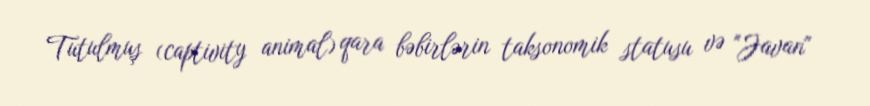
Tutulmuş (captivity animal) qara bəbirlərin taksonomik statusu və "Javan"